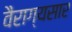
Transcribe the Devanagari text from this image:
वैराग्यसार